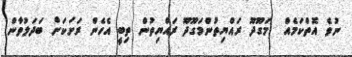
ނުވެ އޮތްކަމެއް  މަގޫދޫ ރައްޔިތުންމަގޫދޫ ރައްޔިތުން ތިބީ އެހެން ރަށަކަށް ބަދަލުވާން